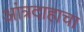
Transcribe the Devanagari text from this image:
आंत्रदाहाचा